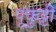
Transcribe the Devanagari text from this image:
पूकुट्टी